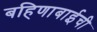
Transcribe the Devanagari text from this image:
बहिणाबाईची